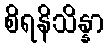
စိရနိသိန္နာ